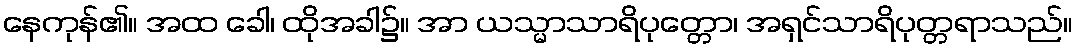
နေကုန်၏။ အထ ခေါ၊ ထိုအခါ၌။ အာ ယသ္မာသာရိပုတ္တော၊ အရှင်သာရိပုတ္တရာသည်။